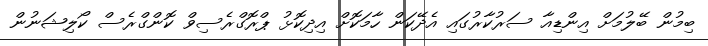
ބިމުން ބޭލުމަށް އިންޑިއާ ސަރުކާރުގައި އެދޭކަން ހާމަކޮށް އިދިކޮޅު ޕްރޮގްރެސިވް ކޮންގްރެސް ކޯލިޝަނުން